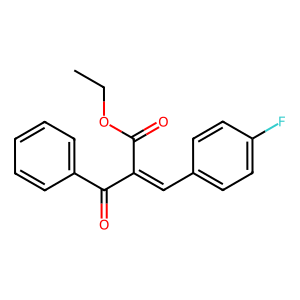
SMILES: CCOC(=O)C(=Cc1ccc(F)cc1)C(=O)c1ccccc1
Inhibits HIV replication: No